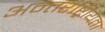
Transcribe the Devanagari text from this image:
अन्तर्राष्ट्रीयता